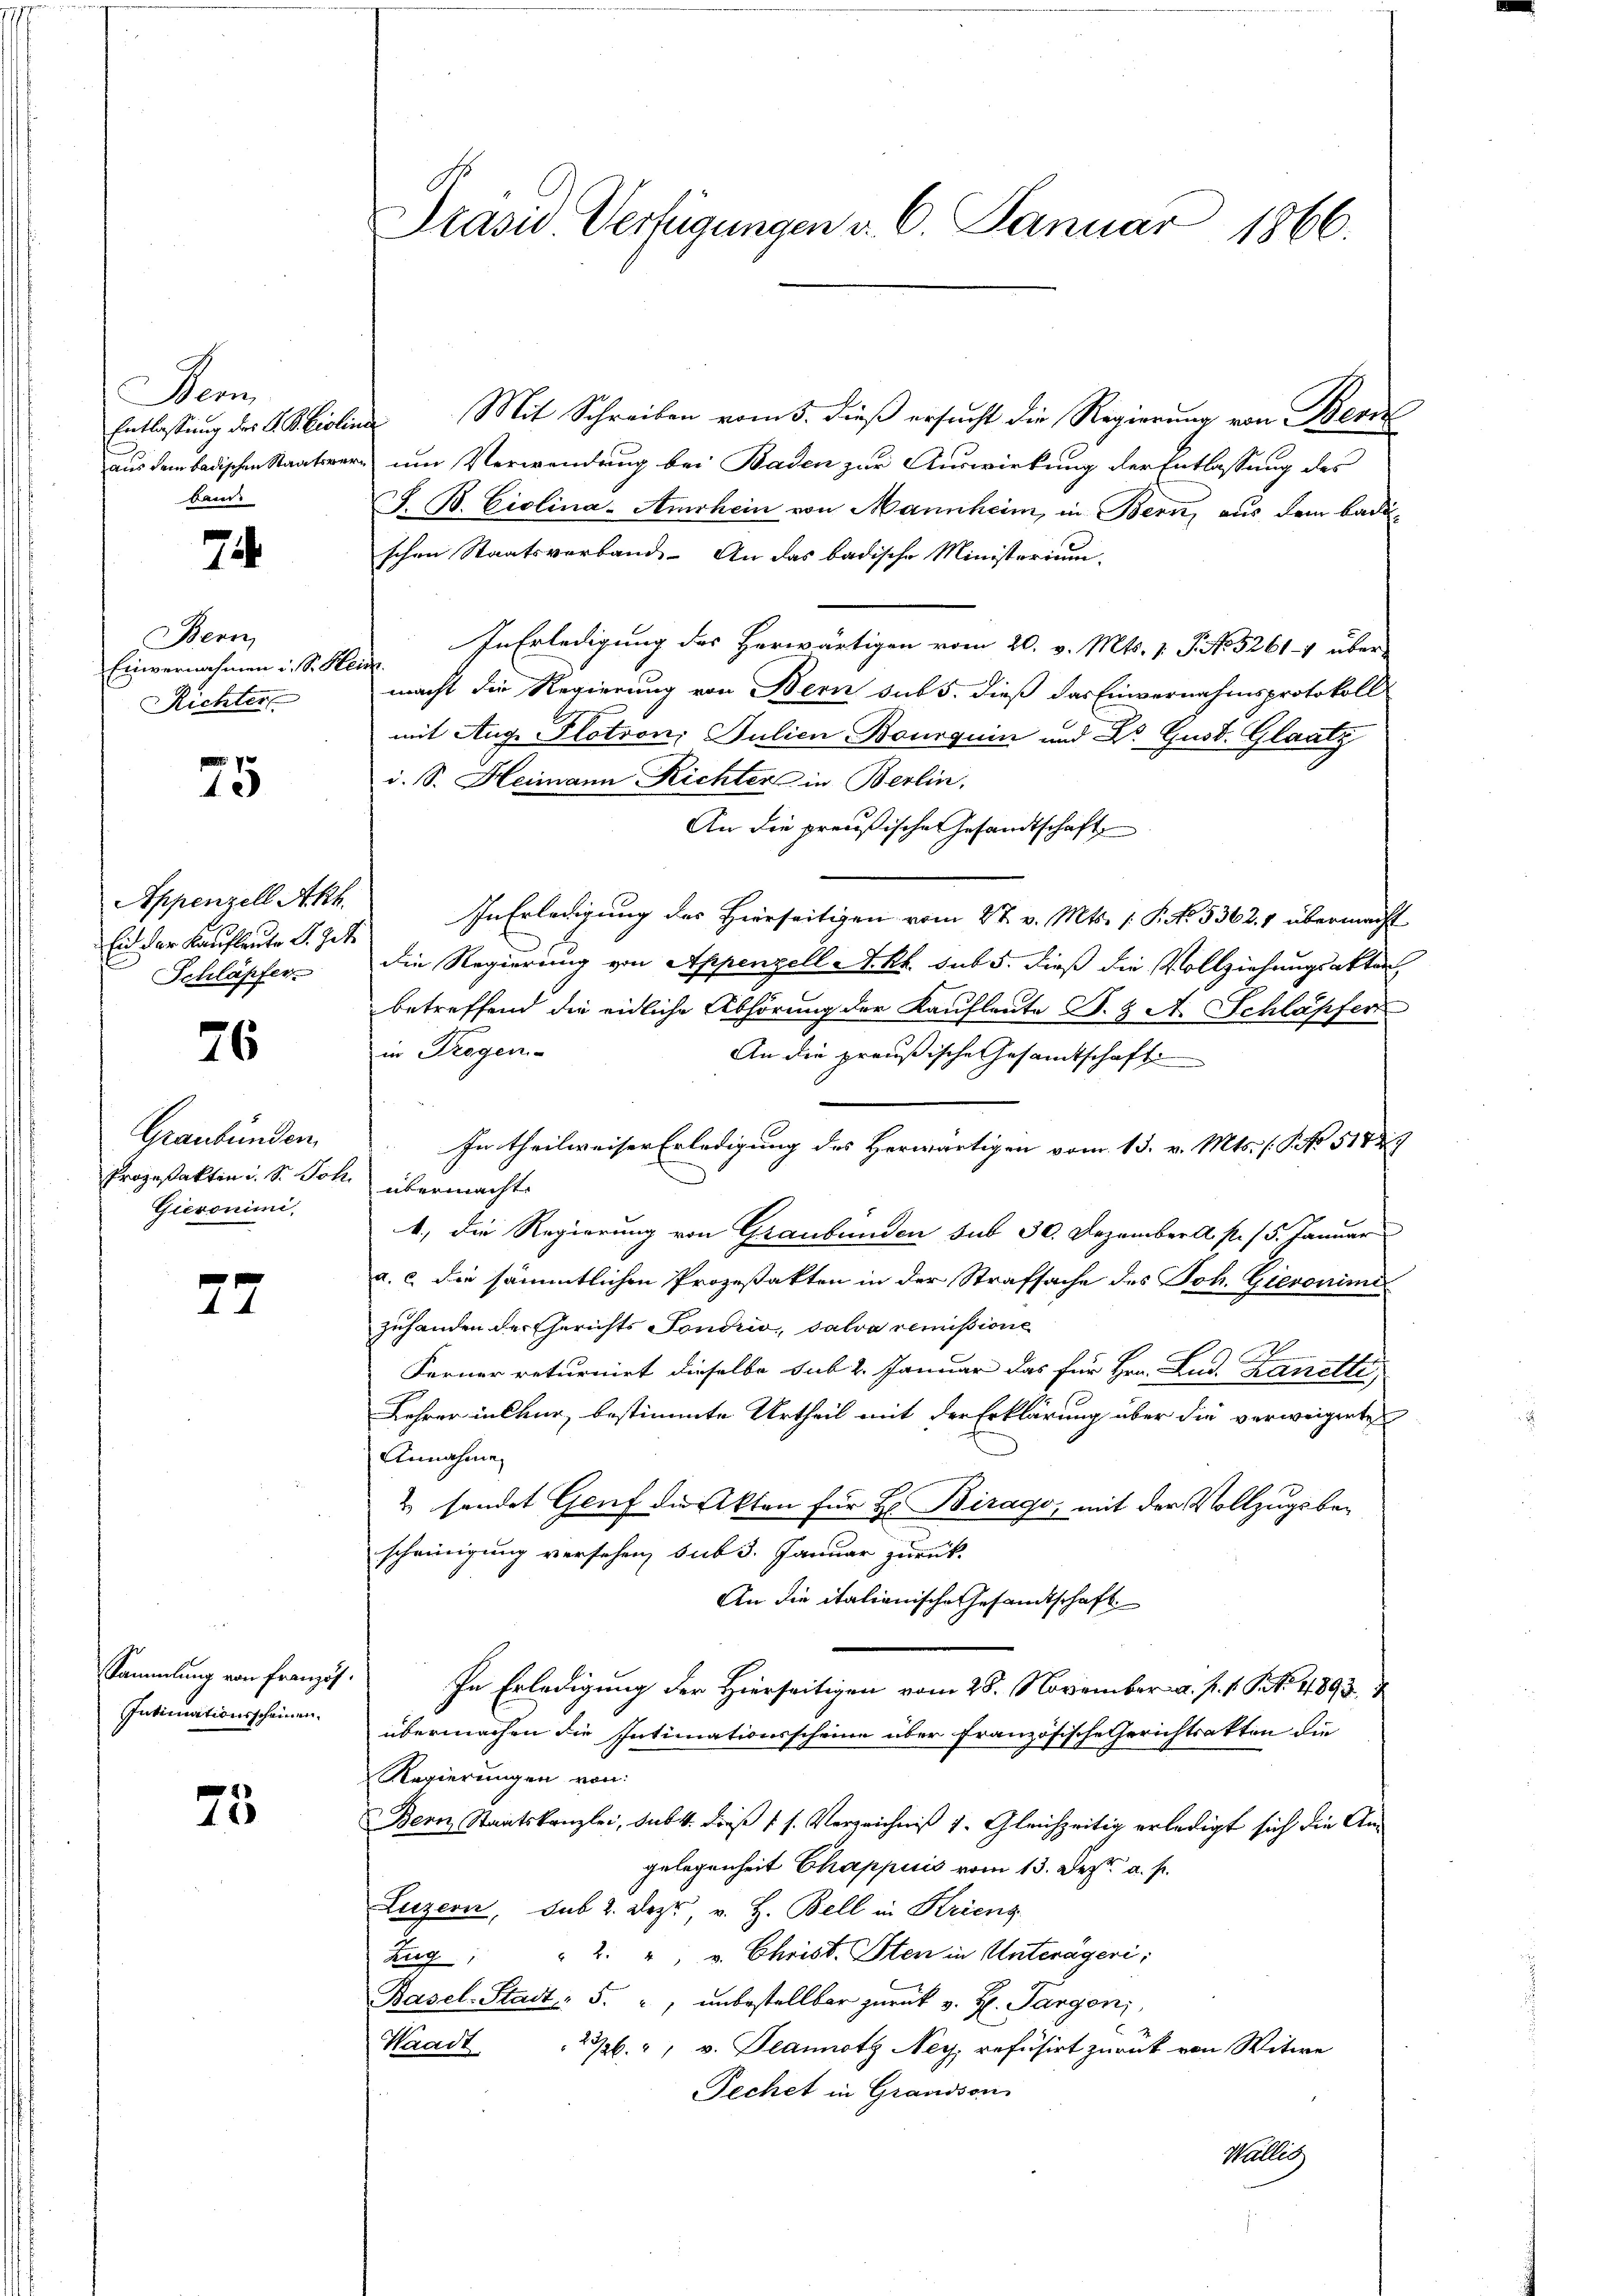
Nonn
kann

72

Bern
Einvernahmen i. S. Her
Richter

25

Appenzell Akh.
Eid der Kaufleute S. Zette
Schläpfer

26

Graubünden.
Prozeßakten i. S. Joh.
Gieronini.

27

Sammlung von Französ.
Intimationsscheinen.

25

Präsid. Verfügungen v. 6. Januar 1866.

Entlassung der Biolina Mit Schreiben vom 5. dieß ersucht die Regierung von Bern
aus dem badischen Staatsvere um Verwendung bei Baden zur Auswirkung der Entlassung des
J. B. Giolina-Amrhein von Mannheim, in Bern, aus dem Badischen Staatsverband. An das badische Ministerium
In Erledigung des Herwärtigen vom 20. v. Mts. 1. P. No 5261-4 über
if.
macht die Regierung von Bern sub 5. dieß das Einvernahmsprotokoll
mit Aug. Plotron: Julien Bourquin und Dr. Gust. Glaatz
i. S. Heimann Richter in Berlin,
An die preußische Gesandtschaft
In Erledigung des Hierseitigen vom 27. v. Mts. 1. P. No. 53624 übermacht
die Regierung von Appenzell A. kk. sub 5. dieß die Vollziehungsakten
betreffend die eidliche Abhörung der Kaufleute S. Z A. Schläpfer
in Trogen-
An die preußische Gesamtschaft
In theilweiser Erledigung des Herwärtigen vom 13. v. Mts. (T. No 512
übermacht.
1., die Regierung von Graubünden sub 30. Dezember a. p. 15. Januar
a. c. die sämmtlichen Prozeßakten in der Strafsache des Joh. Gieronimi
zuhanden der Gerichts Fondrio, salva remissione
Ferner returnirt dieselbe sub 2. Januar das für Hrn. Lud. Kanetti
Lehrer in Chur, bestimmte Urtheil mit der Erklärung über die verweigerte
Annahme
& sandet Genf die Akten für Hr. Birago, mit der Vollzugsbescheinigung versehen, sub 3. Januar zurück
An die italienische Gesandtschaft
In Erledigung der Hierseitigen vom 28. November a. p. 1. S. 11893.
übermachen die Intimationsscheine über französische Gerichtsakten die
Regierungen von
Bern, Staatskanzlei, sub. 4. dies (s. Verzeichniß v. Gleichzeitig erledigt sich die Angelegenheit Chappuis vom 13. Dezt a. p.
Luzern, Sub 2. Deze, v. H. Bell in Kriens
Zug " " 2 " v. Christ. Iten in Unterägeri
Basel-Stadt 5. ", unbestellbar zurück v. H. Pargoni
Waadt
226. v. Plannotz Ney, refusirt zurück von Witwe
Pechet in Grandson
Wallis,